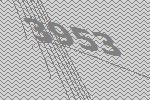
3953